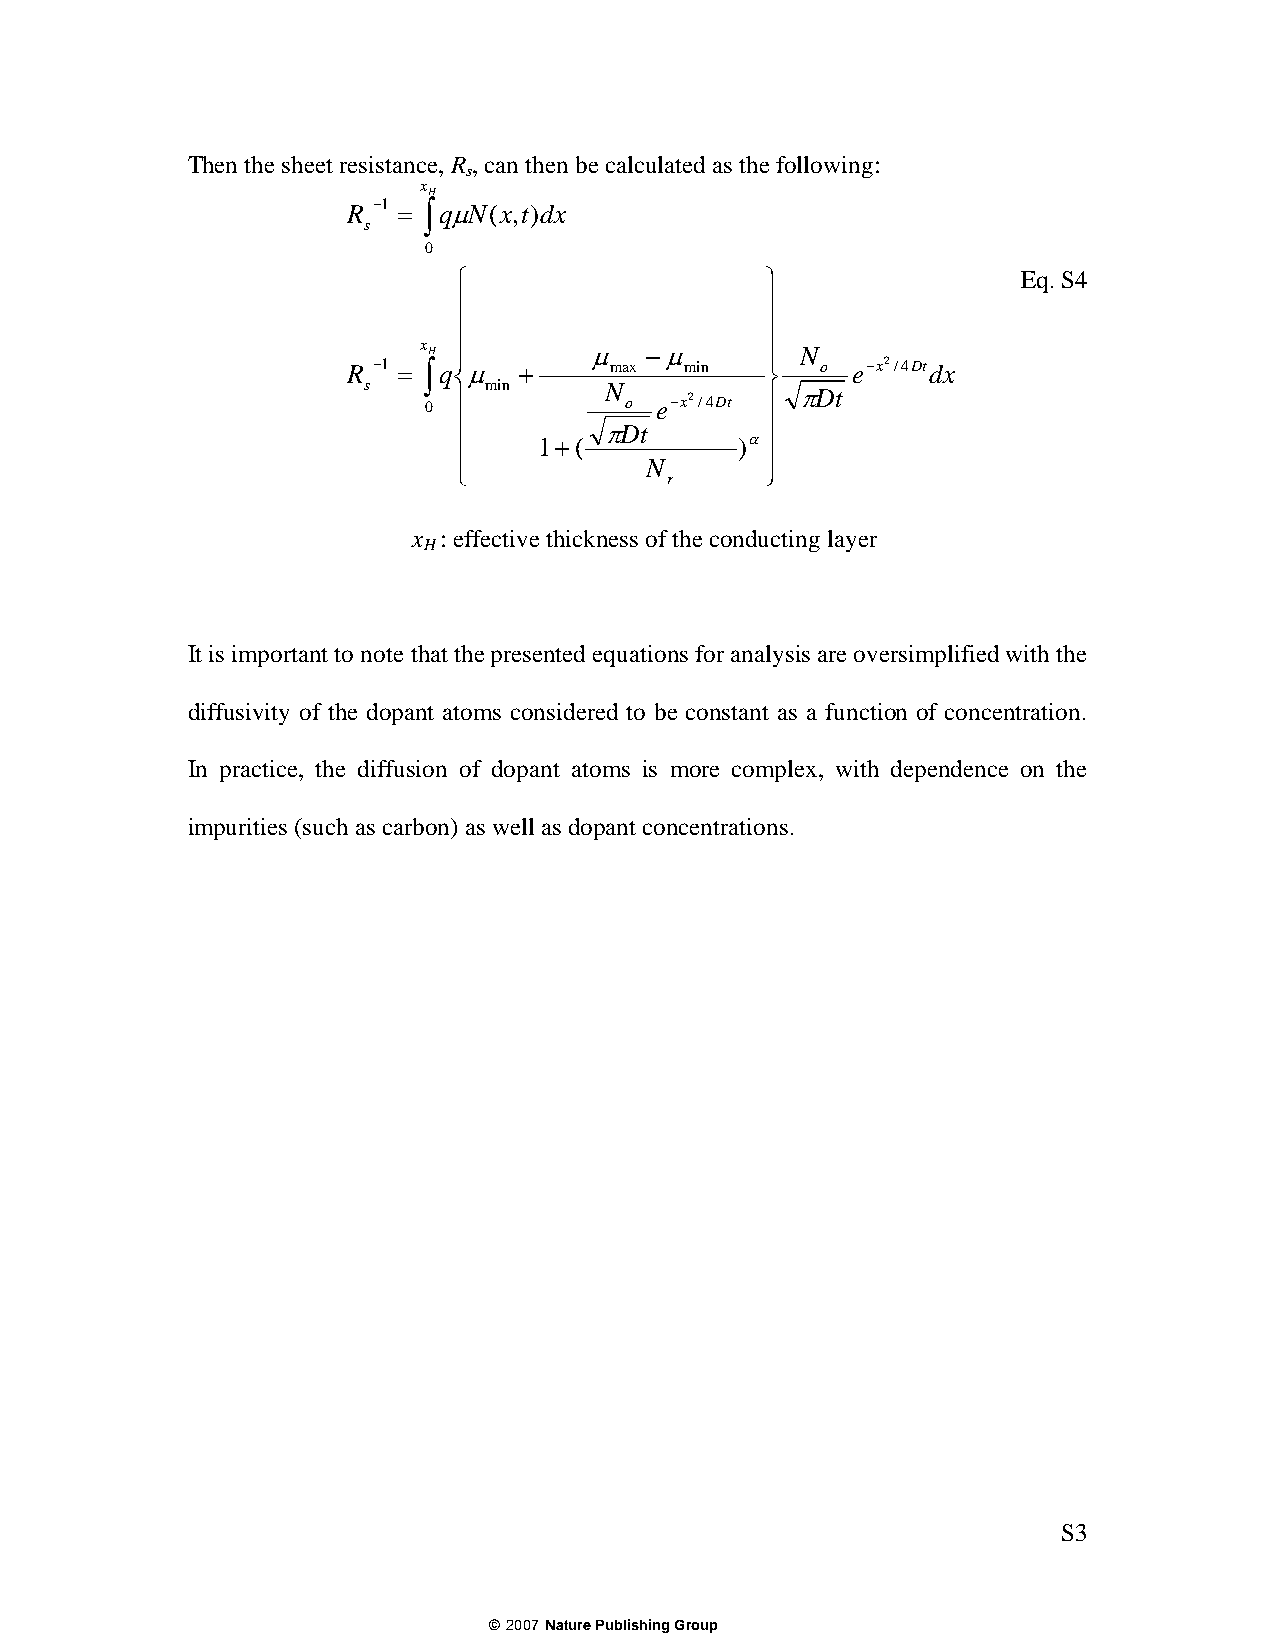
Then the sheet resistance, R , can then be calculated as the following:
 s
 x
 H
 R −1 = ∫qμN(x,t)dx
 s
 0
 ⎧                    ⎫                Eq. S4
 ⎪                    ⎪
 ⎪                    ⎪
 x H ⎪      μ   −μ      ⎪ N
 R −1 = ∫q⎨μ +    max  min   ⎬  o e−x2/4Dtdx
 s   0 ⎪ min     N o e−x2/4Dt ⎪ πDt
 ⎪         πDt        ⎪
 ⎪
 1+(          )α
 ⎪
 N
 ⎩                    ⎭
 r
 x : effective thickness of the conducting layer
 H
 It is important to note that the presented equations for analysis are oversimplified with the
 diffusivity of the dopant atoms considered to be constant as a function of concentration.
 In practice, the diffusion of dopant atoms is more complex, with dependence on the
 impurities (such as carbon) as well as dopant concentrations.
 S3
 ©2007 Nature Publishing Group